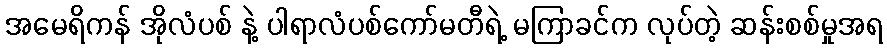
အမေရိကန် အိုလံပစ် နဲ့ ပါရာလံပစ်ကော်မတီရဲ့ မကြာခင်က လုပ်တဲ့ ဆန်းစစ်မှုအရ